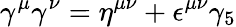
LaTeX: \gamma^{\mu}\gamma^{\nu}=\eta^{\mu\nu}+\epsilon^{\mu\nu}\gamma_{5}